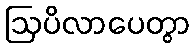
ဩပိလာပေတွာ